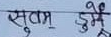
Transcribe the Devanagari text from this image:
सुदाम दुमे